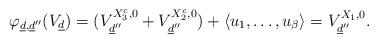
LaTeX: \begin{align*}\varphi_{\underline{d},\underline{d}''}(V_{\underline{d}})=(V_{\underline{d}''}^{X_{3}^{c},0}+V_{\underline{d}''}^{X_{2}^{c},0})+\left\langle u_1,\ldots,u_{\beta}\right\rangle=V_{\underline{d}''}^{X_{1},0}.\end{align*}